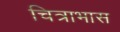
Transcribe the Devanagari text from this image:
चित्राभास